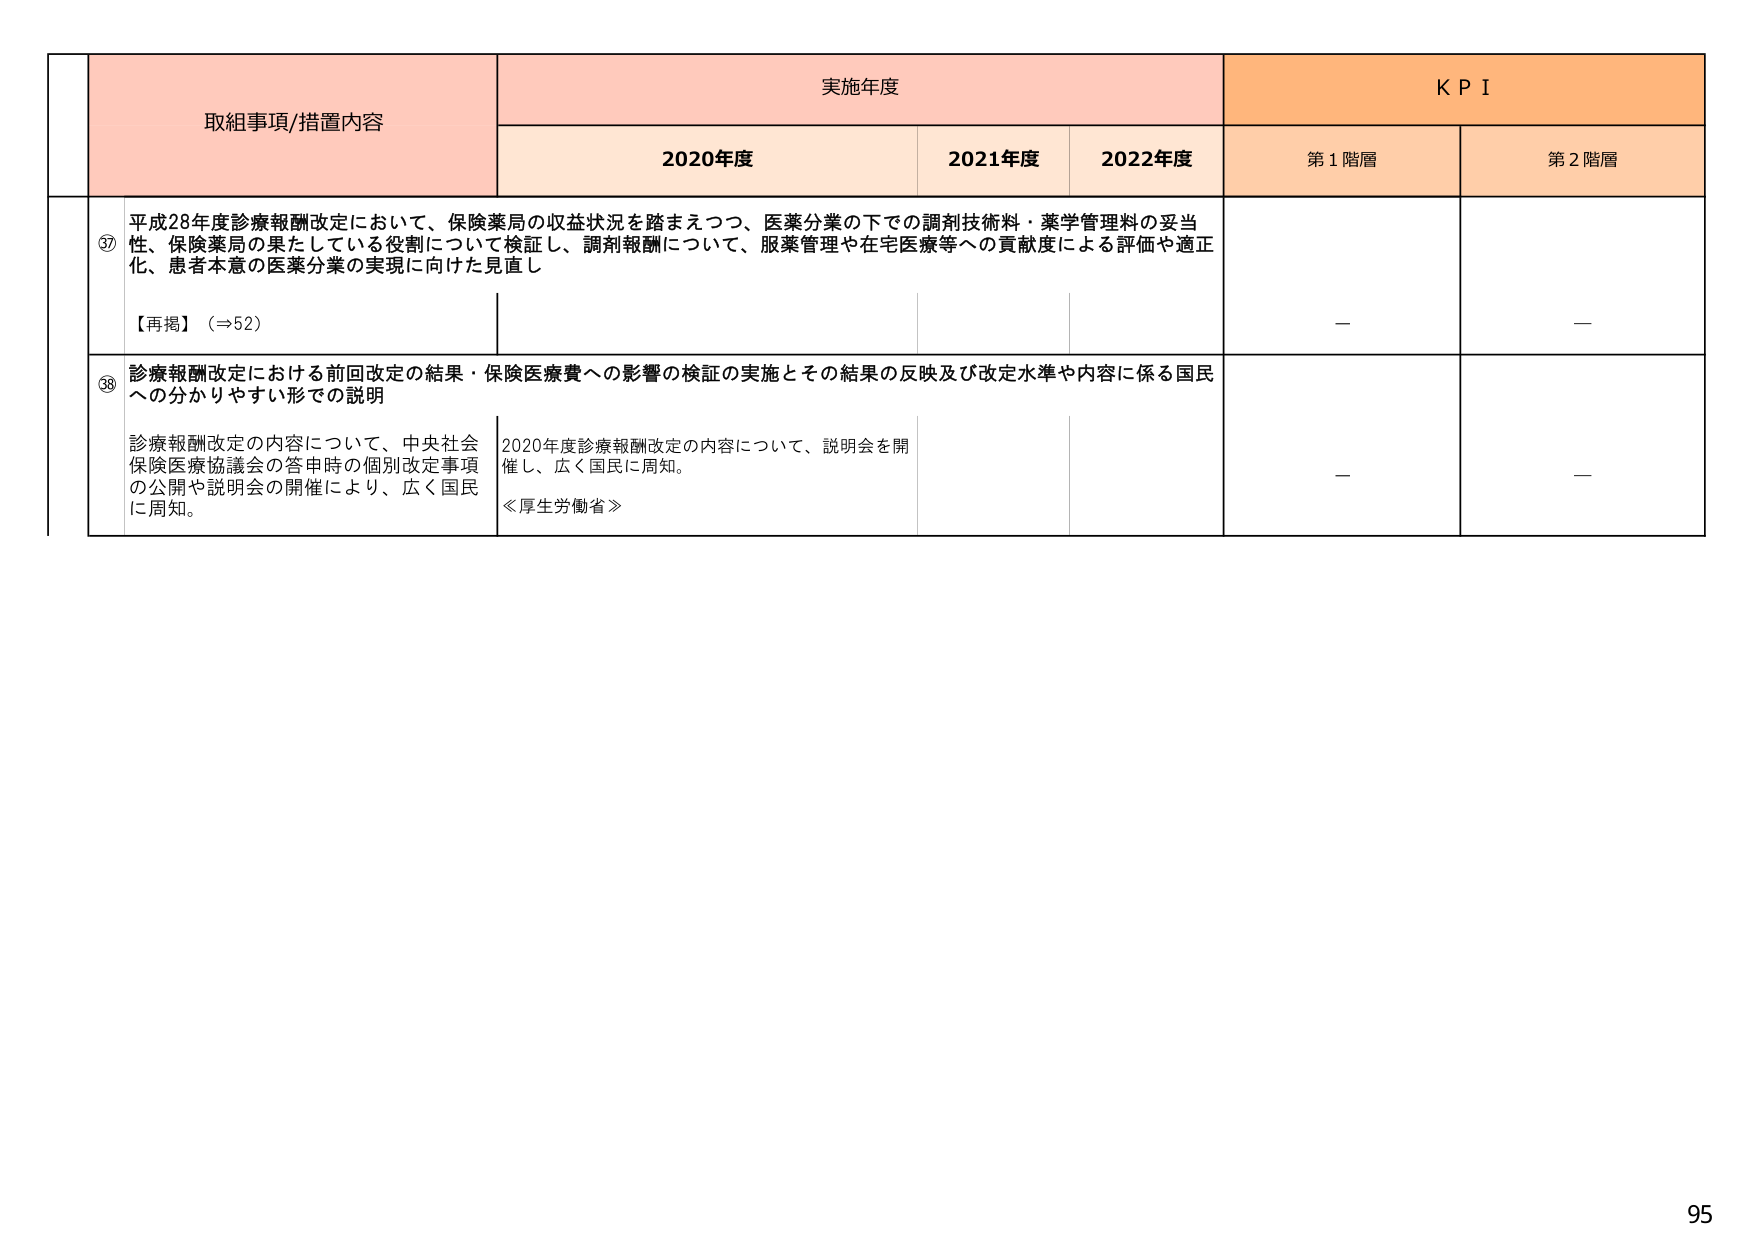
取組事項/措置内容
実施年度
KPI
2020年度
2021年度
2022年度
第1階層
第2階層
⑰ 平成28年度診療報酬改定において、保険薬局の収益状況を踏まえつつ、医薬分業の下での調剤技術料・薬学管理料の妥当性、保険薬局の果たしている役割について検証し、調剤報酬について、服薬管理や在宅医療等への貢献度による評価や適正化、患者本意の医薬分業の実現に向けた見直し
【再掲】（⇒52）
－
－
⑱ 診療報酬改定における前回改定の結果・保険医療費への影響の検証の実施とその結果の反映及び改定水準や内容に係る国民への分かりやすい形での説明
診療報酬改定の内容について、中央社会保険医療協議会の答申時の個別改定事項の公開や説明会の開催により、広く国民に周知。
2020年度診療報酬改定の内容について、説明会を開催し、広く国民に周知。
≪厚生労働省≫
－
－
95